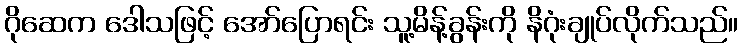
ဂိုဆေက ဒေါသဖြင့် အော်ပြောရင်း သူ့မိန့်ခွန်းကို နိဂုံးချုပ်လိုက်သည်။